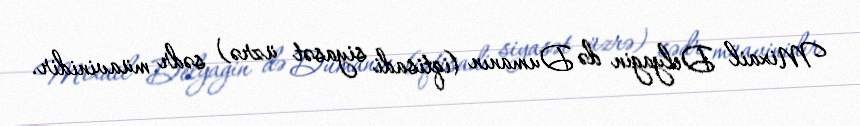
Mixail Delyagin də Dumanın (iqtisadi siyasət üzrə) sədr müavinidir.